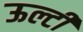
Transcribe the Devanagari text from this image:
ऊल्टी